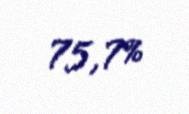
75,7%